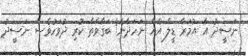
ނަސީދު އާ އުމަރާ ޑީލް އެއް ނަހަދާނެ! ބަގާވާތް ކުރި ދުވަހުވެސް ނަސީދު